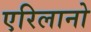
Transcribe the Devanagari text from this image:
एरिलानो